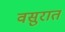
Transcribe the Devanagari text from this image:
वसुरात